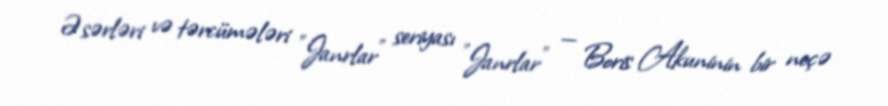
Əsərləri və tərcümələri "Janrlar" seriyası "Janrlar" — Boris Akuninin bir neçə